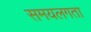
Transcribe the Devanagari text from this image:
समयलगता